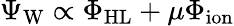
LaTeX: \Psi_{\mathrm{W}}\propto\Phi_{\mathrm{HL}}+\mu\Phi_{\mathrm{ion}}